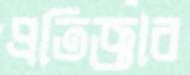
প্রতিজ্ঞার